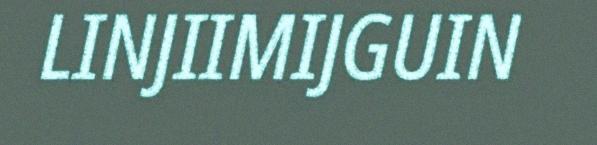
LINJIIMIJGUIN